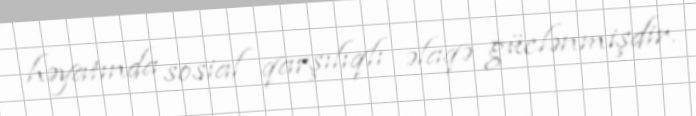
həyatında sosial qarşılıqlı əlaqə güclənmişdir.